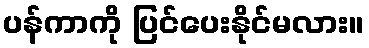
ပန်ကာကို ပြင်ပေးနိုင်မလား။